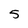
Character: 5